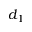
d _ { 1 }